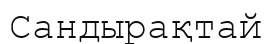
Сандырақтай